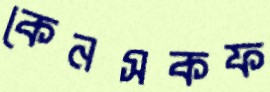
কেনসকফ